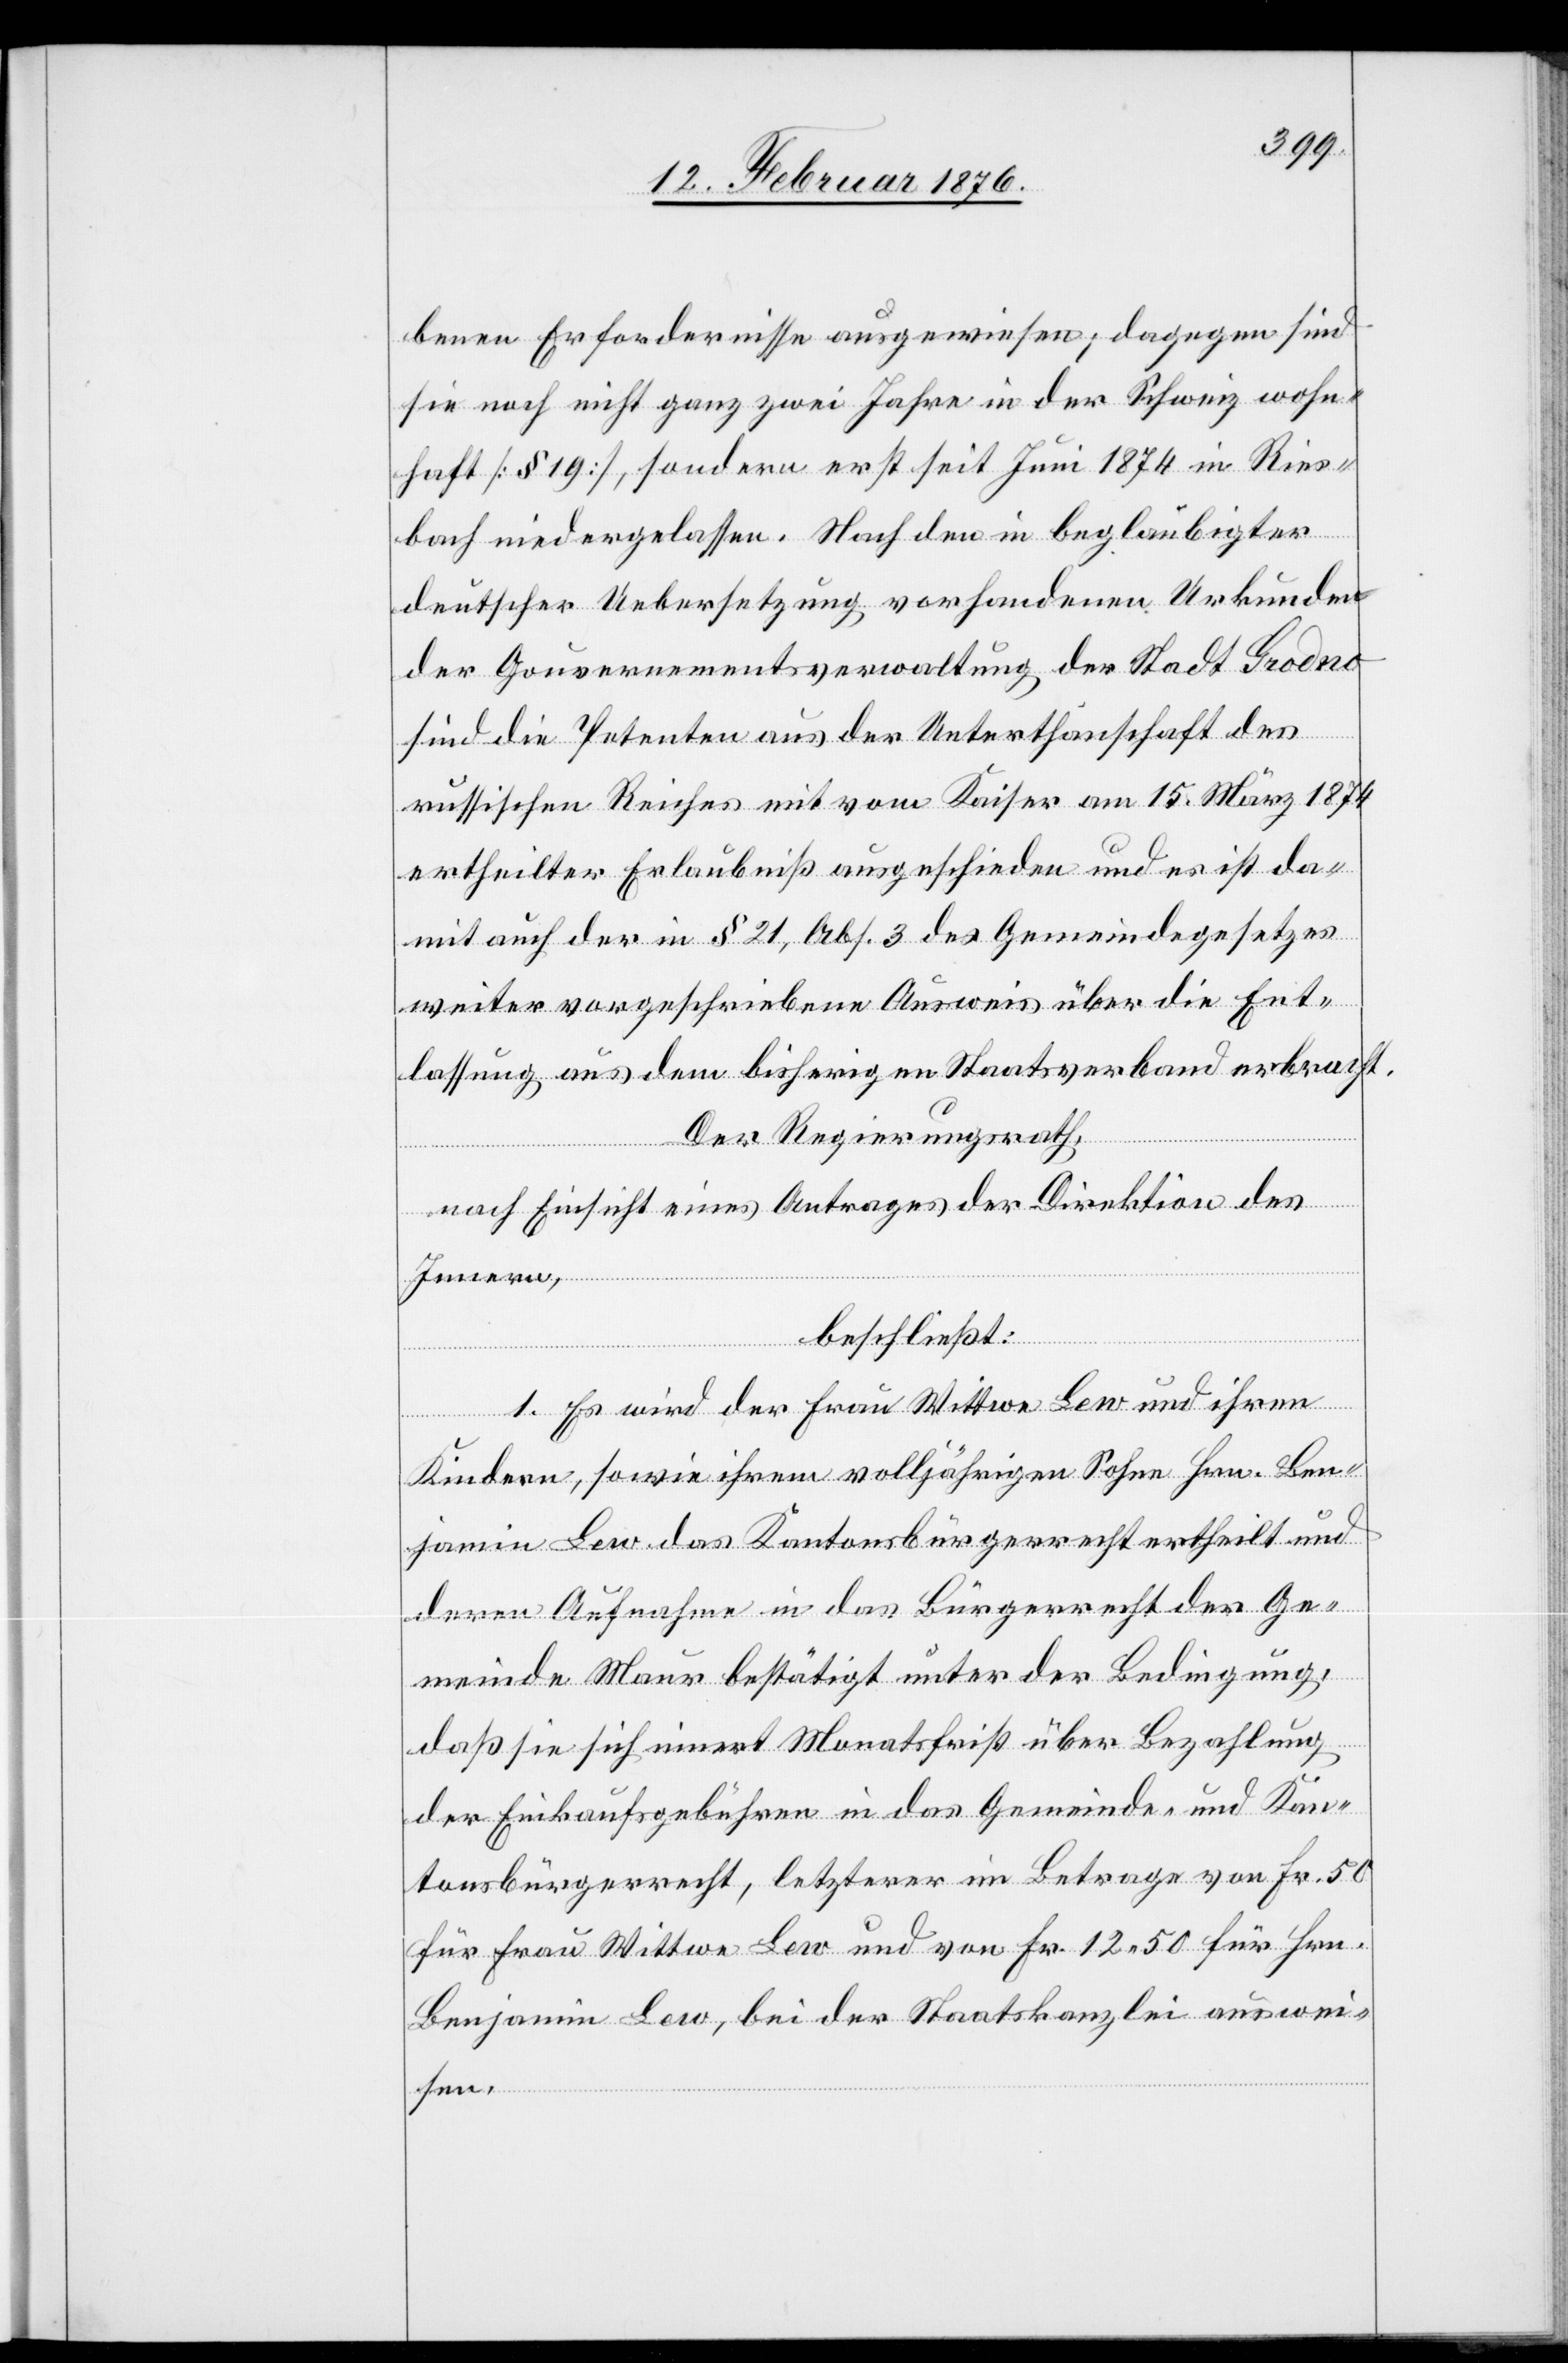
benen Erfordernisse ausgewiesen; dagegen sind
sie noch nicht ganz zwei Jahre in der Schweiz wohn¬
haft [§ 19], sondern erst seit Juni 1874 in Ries¬
bach niedergelassen. Nach der in beglaubigter
deutscher Uebersetzung vorhandenen Urkunde
der Gouvernementsverwaltung der Stadt Grodno
sind die Petenten aus der Unterthanschaft des
russischen Reiches mit vom Kaiser am 15. März 1874
ertheilter Erlaubniß ausgeschieden und es ist da¬
mit auch der in § 21, Abs. 3 des Gemeindegesetzes
weiter vorgeschriebene Ausweis über die Ent¬
lassung aus dem bisherigen Staatsverband erbracht.
Der Regierungsrath,
nach Einsicht eines Antrages der Direktion des
Innern,
beschließt:
1. Es wird der Frau Wittwe Lew und ihren
Kindern, sowie ihrem volljährigen Sohne Hrn. Ben¬
jamin Lew das Kantonsbürgerrecht ertheilt und
deren Aufnahme in das Bürgerrecht der Ge¬
meinde Maur bestätigt unter der Bedingung,
daß sie sich innert Monatsfrist über Bezahlung
der Einkaufsgebühren in das Gemeinde- und Kan¬
tonsbürgerrecht, letzteres im Betrage von Frk. 50
für Frau Wittwe Lew und von Frk. 12 50 für Hrn.
Benjamin Lew, bei der Staatskanzlei auswei¬
sen.